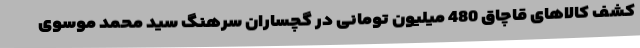
کشف کالاهای قاچاق 480 میلیون تومانی در گچساران سرهنگ سید محمد موسوی